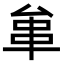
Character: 𠫺